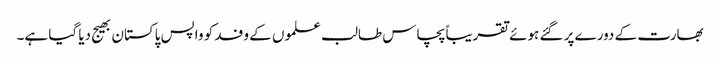
بھارت کے دورے پر گئے ہوئے تقریباً پچاس طالب علموں کے وفد کو واپس پاکستان بھیج دیا گیا ہے۔